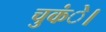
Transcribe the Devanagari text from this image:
चुकंे।